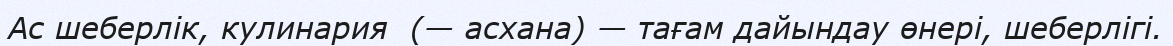
Ас шеберлік, кулинария  (— асхана) — тағам дайындау өнері, шеберлігі.